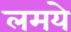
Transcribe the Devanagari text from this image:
लमये